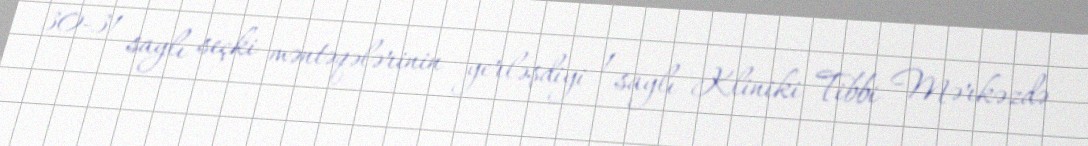
30-31 saylı seçki məntəqələrinin yerləşdiyi 1 saylı Kliniki Tibbi Mərkəzdə